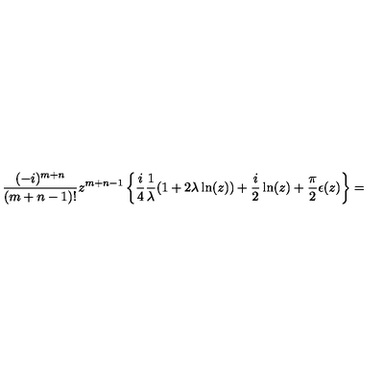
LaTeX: \frac { ( - i ) ^ { m + n } } { ( m + n - 1 ) ! } z ^ { m + n - 1 } \left\{ \frac { i } { 4 } \frac { 1 } { \lambda } ( 1 + 2 \lambda \ln ( z ) ) + \frac { i } { 2 } \ln ( z ) + \frac { \pi } { 2 } \epsilon ( z ) \right\} =